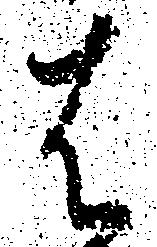
は